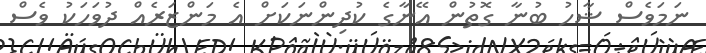
ނަމަވެސް ޝާހު ބުނާ ގޮތުން އޭނާގެ ކުދިންނަކަށް އެ މަންޒަރެއް ދުވަހަކު ވެސް